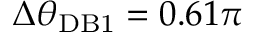
\Delta \theta _ { \mathrm { D B 1 } } = 0 . 6 1 \pi